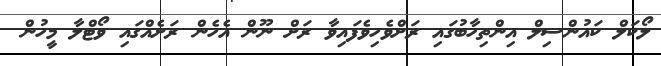
ލޯކަލް ކައުންސިލް އިންތިހާބުގައި ރަށްވެހިވެފައިވާ ރަށް ނޫން އެހެން ރަށެއްގައި ވޯޓްލާ މީހުން